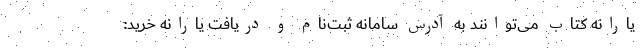
یارانه کتاب می‌توانند به آدرس سامانه ثبت‌نام و دریافت یارانه خرید: